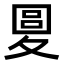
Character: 𡕭